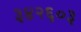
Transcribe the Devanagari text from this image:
३४२६०३